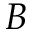
B